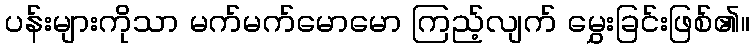
ပန်းများကိုသာ မက်မက်မောမော ကြည့်လျက် မွှေးခြင်းဖြစ်၏။